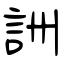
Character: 詶